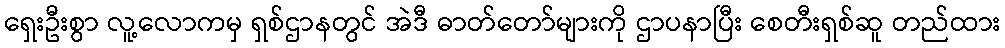
ရှေးဦးစွာ လူ့လောကမှ ရှစ်ဌာနတွင် အဲဒီ ဓာတ်တော်များကို ဌာပနာပြီး စေတီးရှစ်ဆူ တည်ထား